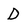
Character: D